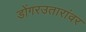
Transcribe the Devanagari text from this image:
डोंगरउतारांवर